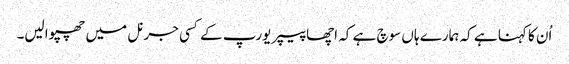
اُن کا کہنا ہے کہ ہمارے ہاں سوچ ہے کہ اچھا پیپر یورپ کے کسی جرنل میں چھپوالیں۔